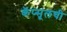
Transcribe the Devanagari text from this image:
कॅप्सूलची